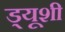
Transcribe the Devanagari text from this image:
ड्यूशी